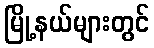
မြို့နယ်များတွင်